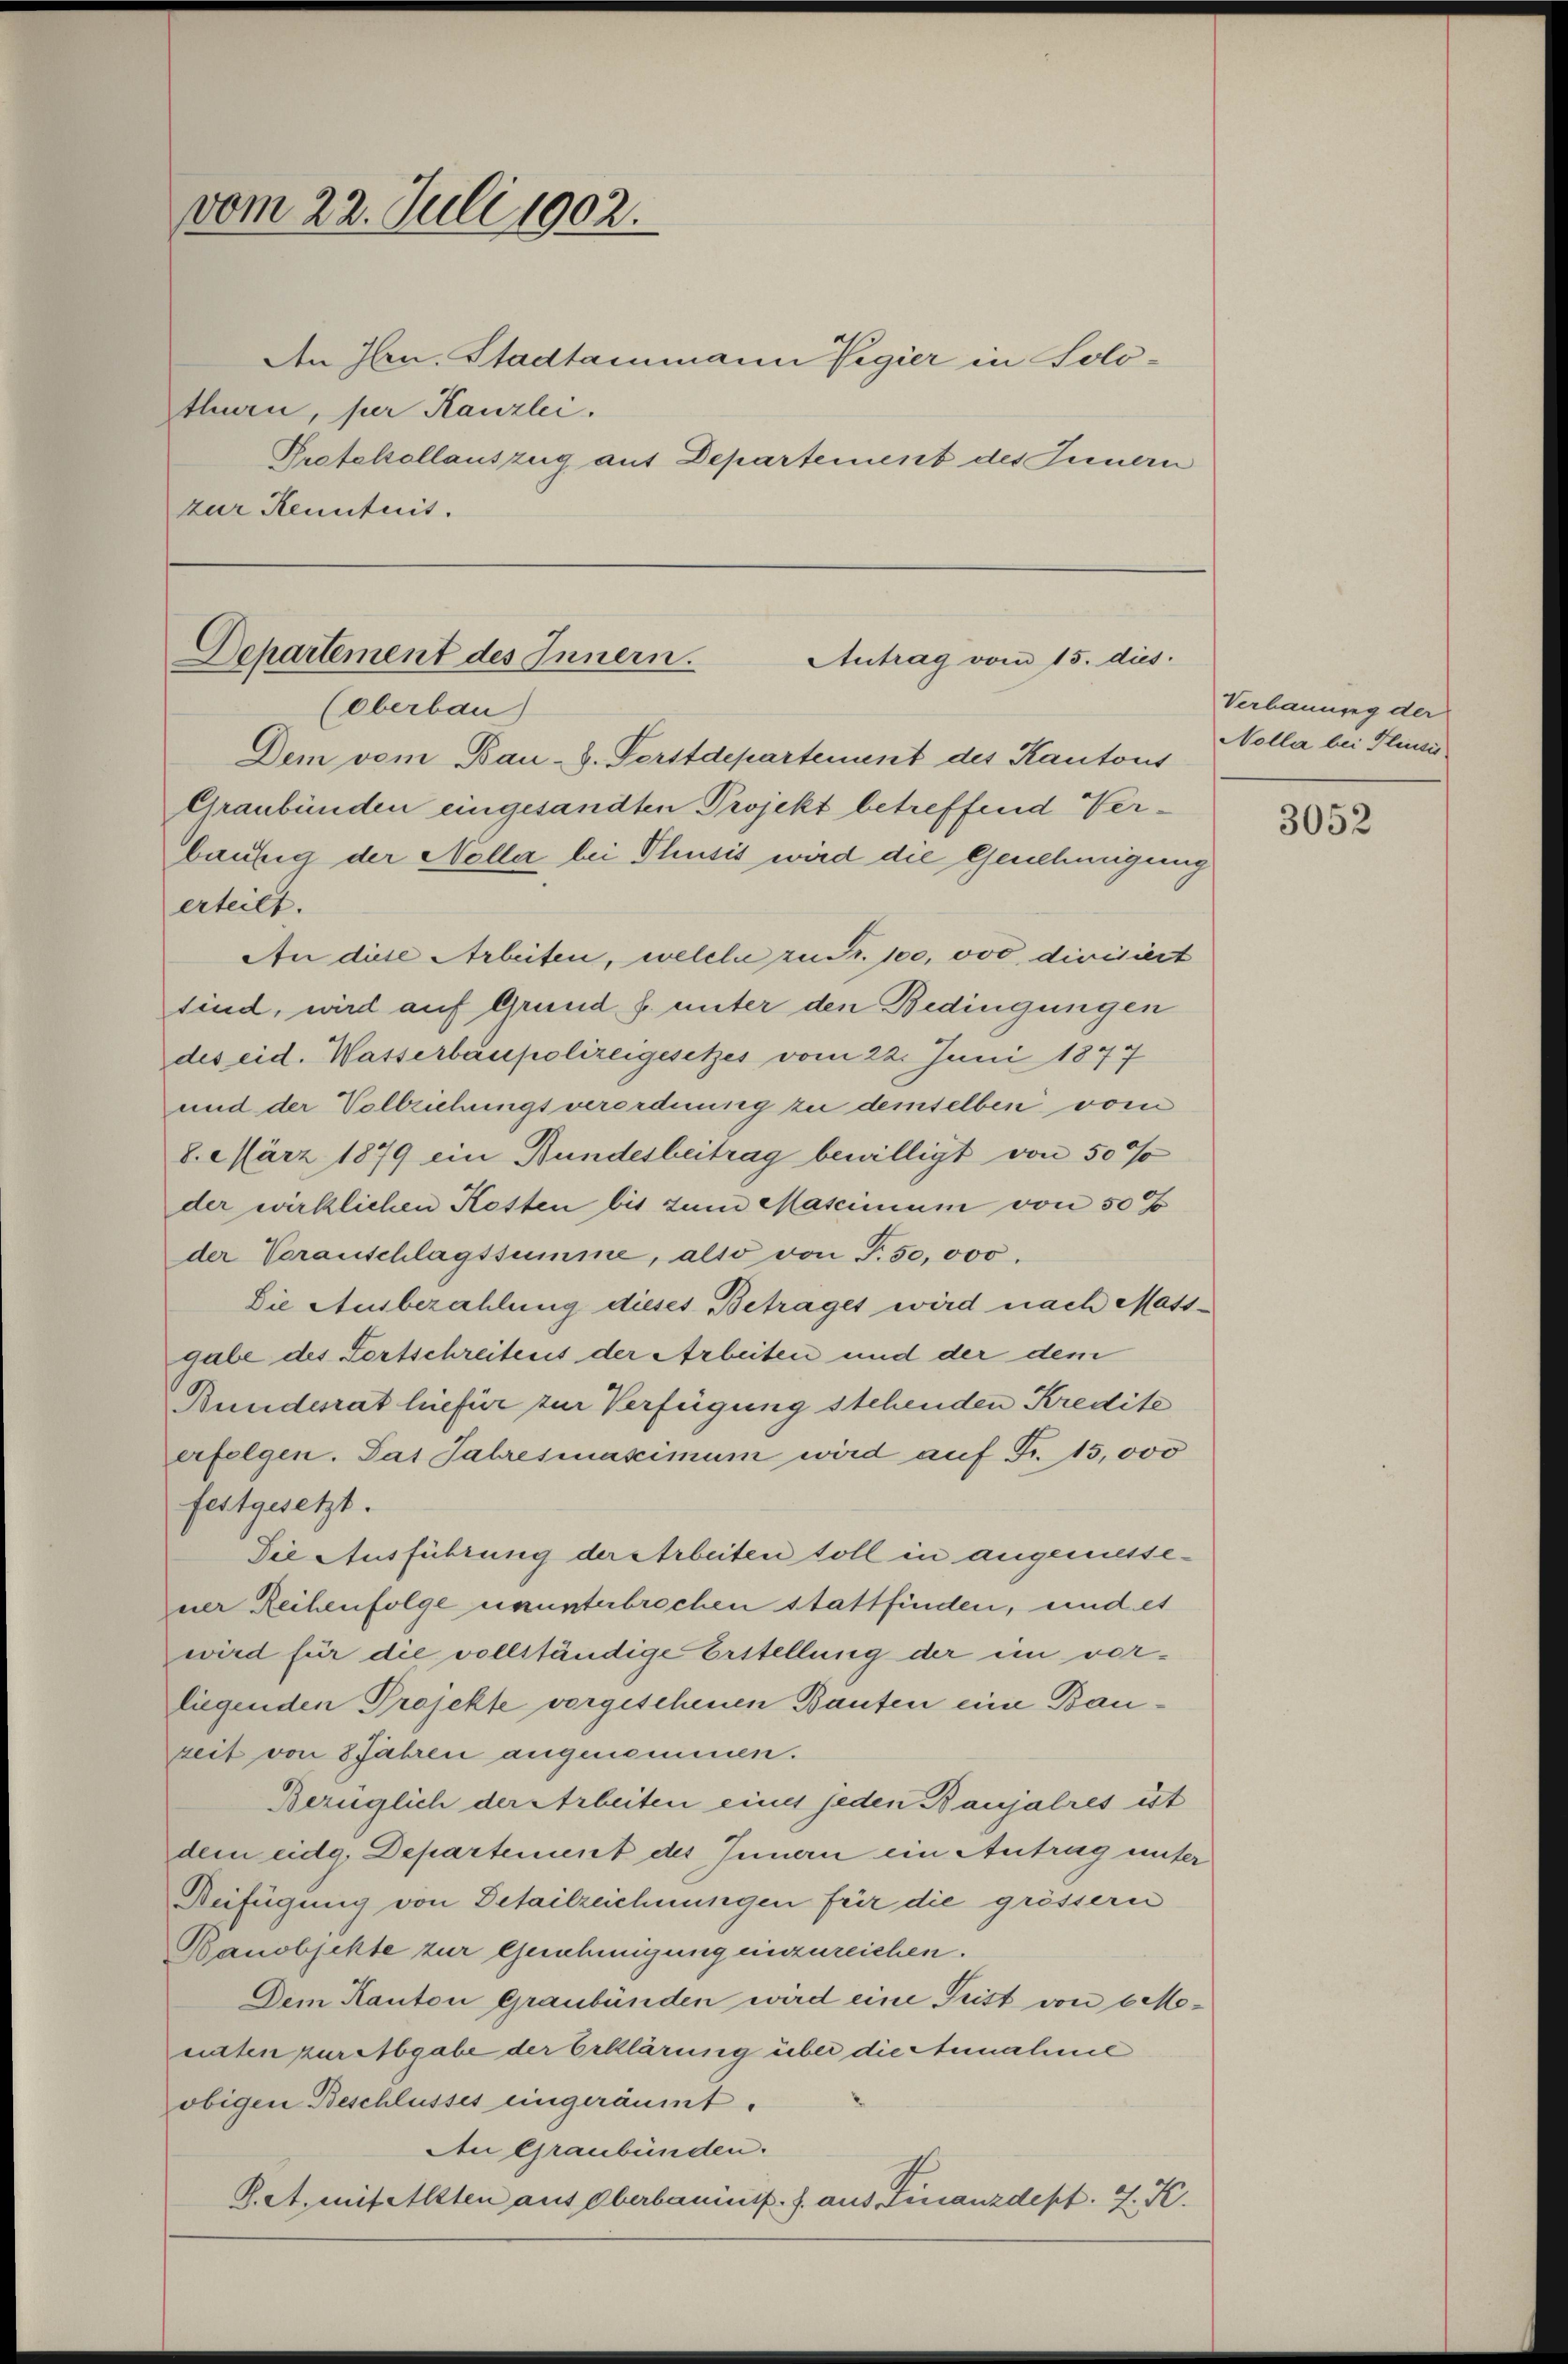
vom 22. Juli 1902.
Den Hrn. Stadtammann Regier in Solothurn, per Kanzlei.

Protekollauszug auf Departement des Innern
zur Kenntnis.

Departement des Innern.
Antrag vom 15. dies
(Oberbau
Dem vom Bau-S. Forstdepartement des Kantons
Graubünden eingesandten Projekt betreffend Verbäufig der Nella bei Thusis wird die Genehmigung

erteilt.
An diese Arbeiten, welche zu Fr. 100, ovo divisiert
sind, wird auf Grund f. unter den Bedingungen
des eid. Wasserbaupolizeigesetzes vom 22. Juni 1877
und der Vollziehungsverordnung zu demselben vom
8. März 1879 ein Bundesbeitrag bewilligt von 50%
der wirklichen Kosten bis zum Mascimum von 50
der Voranschlagssumme, also von T. 50,000.
Die Ausbezahlung dieses Betrages wird nach Mass-
gabe des Fortschreitens der Arbeiten und der dem
Bundesrat hiefür zur Verfügung stehenden Kredite
erfolgen. Das Jahresiaximum wird auf Fr. 15,000
festgesetzt.
Die Ausführung der Arbeiten soll in angemessener Reihenfolge ununterbrochen stattfinden, und es
wird für die vollständige Erstellung der im vorliegenden Projekte vorgeschenen Bauten eine Bauzeit von 8 Jahren angenommen.
Bezüglich der Arbeiten eines jeden Banjalres ist
dem eidg. Departement des Innern ein Antrag unter
Beifügung von Detailzeichnungen für die grössern
Banobjekte zur Genehmigung einzureichen.
Dem Kanton Graubünden wird eine Frist von 6 Moenten zur Abgabe der beklärung über die Annahme
obigen Beschlusses eingeräumt.
In Graubünden.
K. A. mit Alten aus Oberbauinif. J. aus Finanzdepf. J. K.

Verbauung der
Nolla bei Pleusis

3052